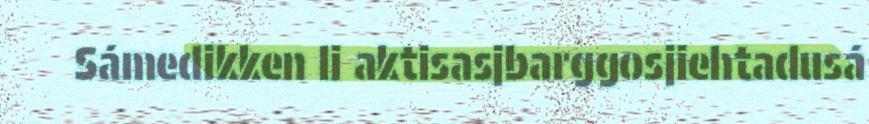
Sámedikken li aktisasjbarggosjiehtadusá